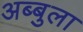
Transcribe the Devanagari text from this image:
अब्बुला